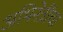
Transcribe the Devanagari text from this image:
अभिनेत्रींचा